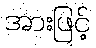
အားဖြင့်